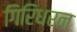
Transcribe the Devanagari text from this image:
गिरिधरन